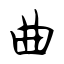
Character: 曲